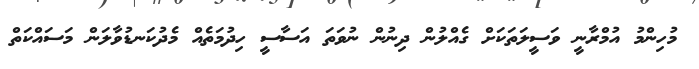
މުހިންމު އުމްރާނީ ވަސީލަތަކަށް ގެއްލުން ދިނުން ނުވަތަ އަސާސީ ހިދުމަތެއް މެދުކަނޑުވާލަން މަސައްކަތް